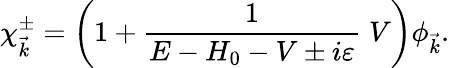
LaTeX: \chi_{\vec{k}}^{\pm}=\left(1+\frac{1}{E-H_{0}-V\pm i\varepsilon}\; V\right)\phi_{\vec{k}}.